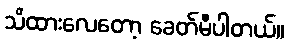
သိထားလေတော့ ခေတ်မီပါတယ်။